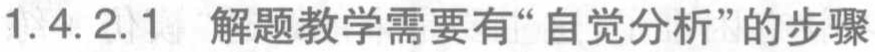
1.4.2.1 解题教学需要有“自觉分析”的步骤